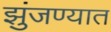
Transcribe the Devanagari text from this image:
झुंजण्यात